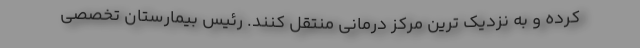
کرده و به نزدیک ترین مرکز درمانی منتقل کنند. رئیس بیمارستان تخصصی